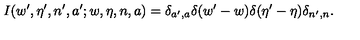
I ( w ^ { \prime } , \eta ^ { \prime } , n ^ { \prime } , a ^ { \prime } ; w , \eta , n , a ) = \delta _ { a ^ { \prime } , a } \delta ( w ^ { \prime } - w ) \delta ( \eta ^ { \prime } - \eta ) \delta _ { n ^ { \prime } , n } .